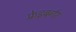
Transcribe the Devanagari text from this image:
फ़्रेइबर्गर